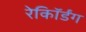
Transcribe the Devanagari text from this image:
रेकॉिर्डंग